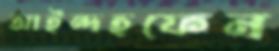
আইন্দহফেন